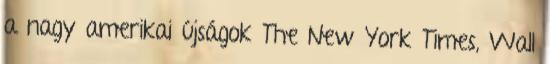
a nagy amerikai újságok The New York Times, Wall